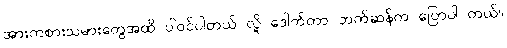
အားကစားသမားတွေအထိ ပါဝင်ပါတယ် လို့ ဒေါက်တာ ဘက်ဆန်က ပြောပါ တယ်။